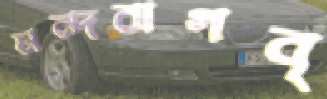
মন্দবাগবৃ